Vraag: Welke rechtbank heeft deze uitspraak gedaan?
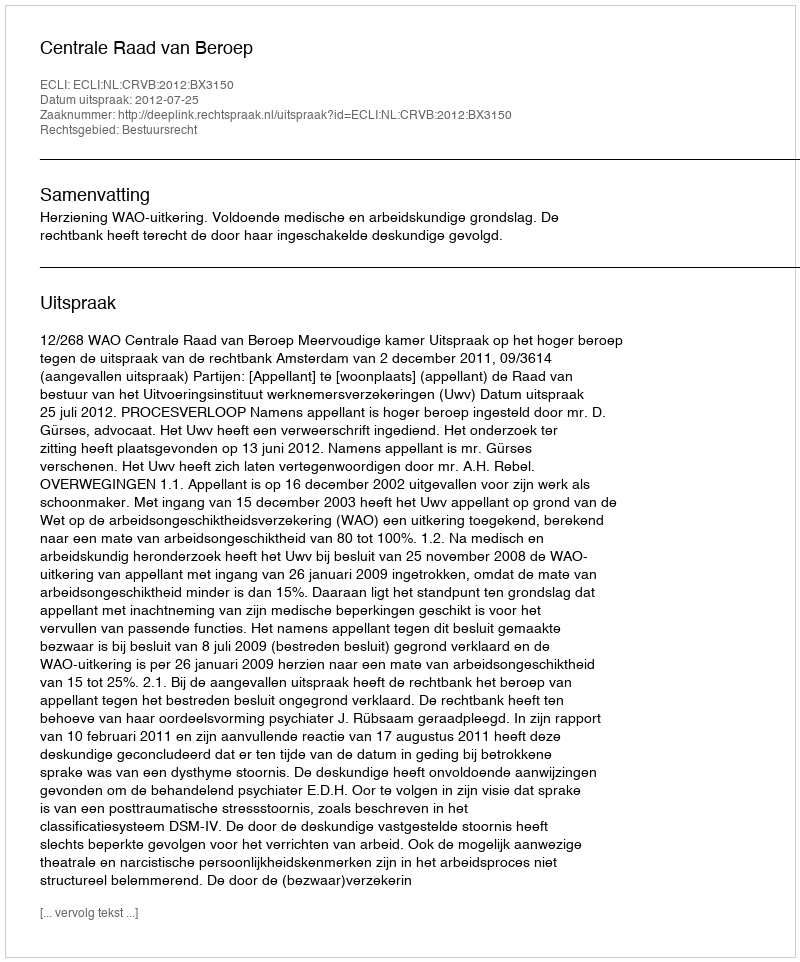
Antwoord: Centrale Raad van Beroep